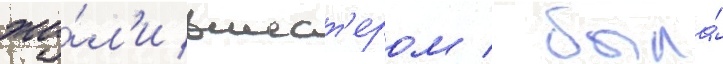
жи́л'и вшест'ером / была́